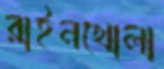
রাইনখোলা